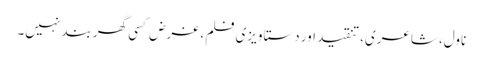
ناول، شاعری، تنقید اور دستاویزی فلم، غرض کسی گھر بند نہیں۔